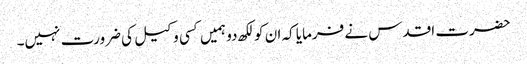
حضرت اقدس نے فرمایا کہ ان کو لکھ دو ہمیں کسی وکیل کی ضرورت نہیں۔